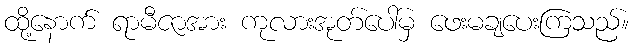
ထို့နောက် ရာမီဇာအား ကုလားအုတ်ပေါ်မှ ဖေးမချပေးကြသည်။